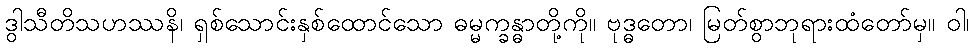
ဒွါသီတိသဟဿနိ၊ ရှစ်သောင်းနှစ်ထောင်သော ဓမ္မက္ခန္ဓာတို့ကို။ ဗုဒ္ဓတော၊ မြတ်စွာဘုရားထံတော်မှ။ ဝါ၊